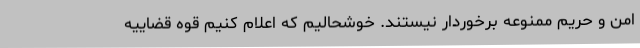
امن و حریم ممنوعه برخوردار نیستند. خوشحالیم که اعلام کنیم قوه قضاییه